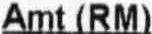
AMT (RM)